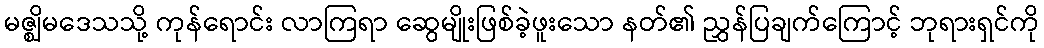
မဇ္ဈိမဒေသသို့ ကုန်ရောင်း လာကြရာ ဆွေမျိုးဖြစ်ခဲ့ဖူးသော နတ်၏ ညွှန်ပြချက်ကြောင့် ဘုရားရှင်ကို